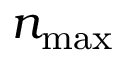
n _ { \mathrm { m a x } }